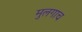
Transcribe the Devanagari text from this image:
मुलगाच